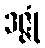
ဒဇ္ဇုံ